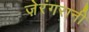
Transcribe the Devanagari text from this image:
ज़ेरंगरानी